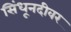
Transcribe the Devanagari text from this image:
सिंधूनदीवर